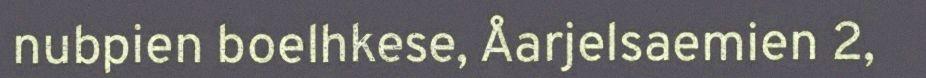
nubpien boelhkese, Åarjelsaemien 2,